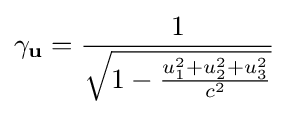
\gamma _{\mathbf {u} }={\frac {1}{\sqrt {1-{\frac {u_{1}^{2}+u_{2}^{2}+u_{3}^{2}}{c^{2}}}}}}